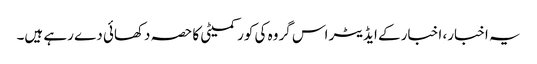
یہ اخبار، اخبار کے ایڈیٹر اس گروہ کی کور کمیٹی کا حصہ دکھائی دے رہے ہیں۔